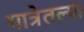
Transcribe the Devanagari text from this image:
यात्रेतल्या